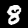
Digit: 8